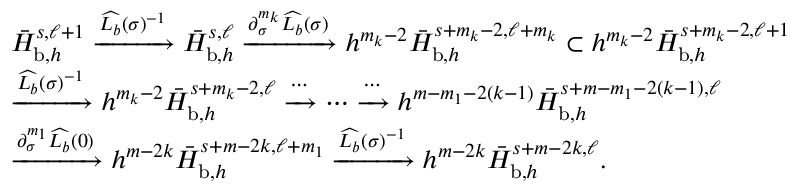
\begin{array} { r l } & { \bar { H } _ { \mathrm { b } , h } ^ { s , \ell + 1 } \xrightarrow { \widehat { L _ { b } } ( \sigma ) ^ { - 1 } } \bar { H } _ { \mathrm { b } , h } ^ { s , \ell } \xrightarrow { \partial _ { \sigma } ^ { m _ { k } } \widehat { L _ { b } } ( \sigma ) } h ^ { m _ { k } - 2 } \bar { H } _ { \mathrm { b } , h } ^ { s + m _ { k } - 2 , \ell + m _ { k } } \subset h ^ { m _ { k } - 2 } \bar { H } _ { \mathrm { b } , h } ^ { s + m _ { k } - 2 , \ell + 1 } } \\ & { \xrightarrow { \widehat { L _ { b } } ( \sigma ) ^ { - 1 } } h ^ { m _ { k } - 2 } \bar { H } _ { \mathrm { b } , h } ^ { s + m _ { k } - 2 , \ell } \xrightarrow { \cdots } \cdots \xrightarrow { \cdots } h ^ { m - m _ { 1 } - 2 ( k - 1 ) } \bar { H } _ { \mathrm { b } , h } ^ { s + m - m _ { 1 } - 2 ( k - 1 ) , \ell } } \\ & { \xrightarrow { \partial _ { \sigma } ^ { m _ { 1 } } \widehat { L _ { b } } ( 0 ) } h ^ { m - 2 k } \bar { H } _ { \mathrm { b } , h } ^ { s + m - 2 k , \ell + m _ { 1 } } \xrightarrow { \widehat { L _ { b } } ( \sigma ) ^ { - 1 } } h ^ { m - 2 k } \bar { H } _ { \mathrm { b } , h } ^ { s + m - 2 k , \ell } . } \end{array}